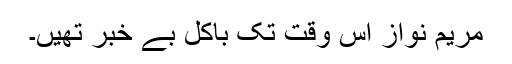
مریم نواز اس وقت تک باکل بے خبر تھیں۔